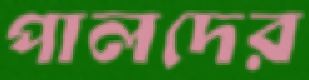
পালদের